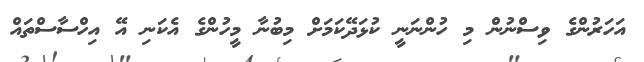
އަހަރުންގެ ވިސްނުން މި ހުންނަނީ ކުޅަދޭކަމަށް މިބުނާ މީހުންގެ އެކަނި އޭ އިހްސާސްތައް